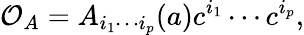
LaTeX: {\cal O}_{A}=A_{i_{1}\cdots i_{p}}(a)c^{i_{1}}\cdots c^{i_{p}},